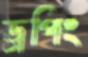
ড্রপিং